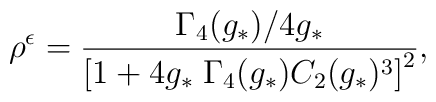
\rho^{\epsilon}=\frac{\Gamma_4(g_*)/4g_*}{\left[ 1+4g_*\;\Gamma_4(g_*)C_2(g_*)^3\right]^2},